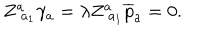
Z _ { \; a _ { 1 } } ^ { a } \gamma _ { a } = \lambda Z _ { \; a _ { 1 } } ^ { a } \overline { { { p } } } _ { a } = 0 .